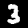
Label: 3